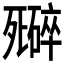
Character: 𬆜